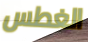
الغطس